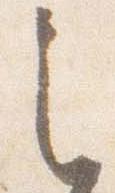
之